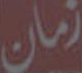
زمان